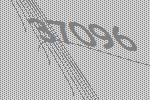
37096